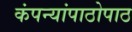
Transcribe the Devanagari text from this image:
कंपन्यांपाठोपाठ